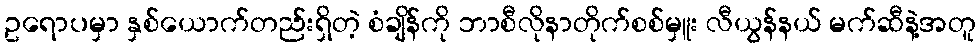
ဥရောပမှာ နှစ်ယောက်တည်းရှိတဲ့ စံချိန်ကို ဘာစီလိုနာတိုက်စစ်မှူး လီယွန်နယ် မက်ဆီနဲ့အတူ